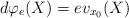
LaTeX: \begin{align*} d\varphi_e(X) = ev_{x_0}(X)\end{align*}